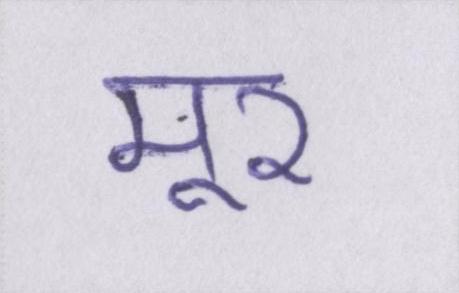
मूर